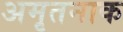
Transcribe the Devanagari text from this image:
अमृतनाक